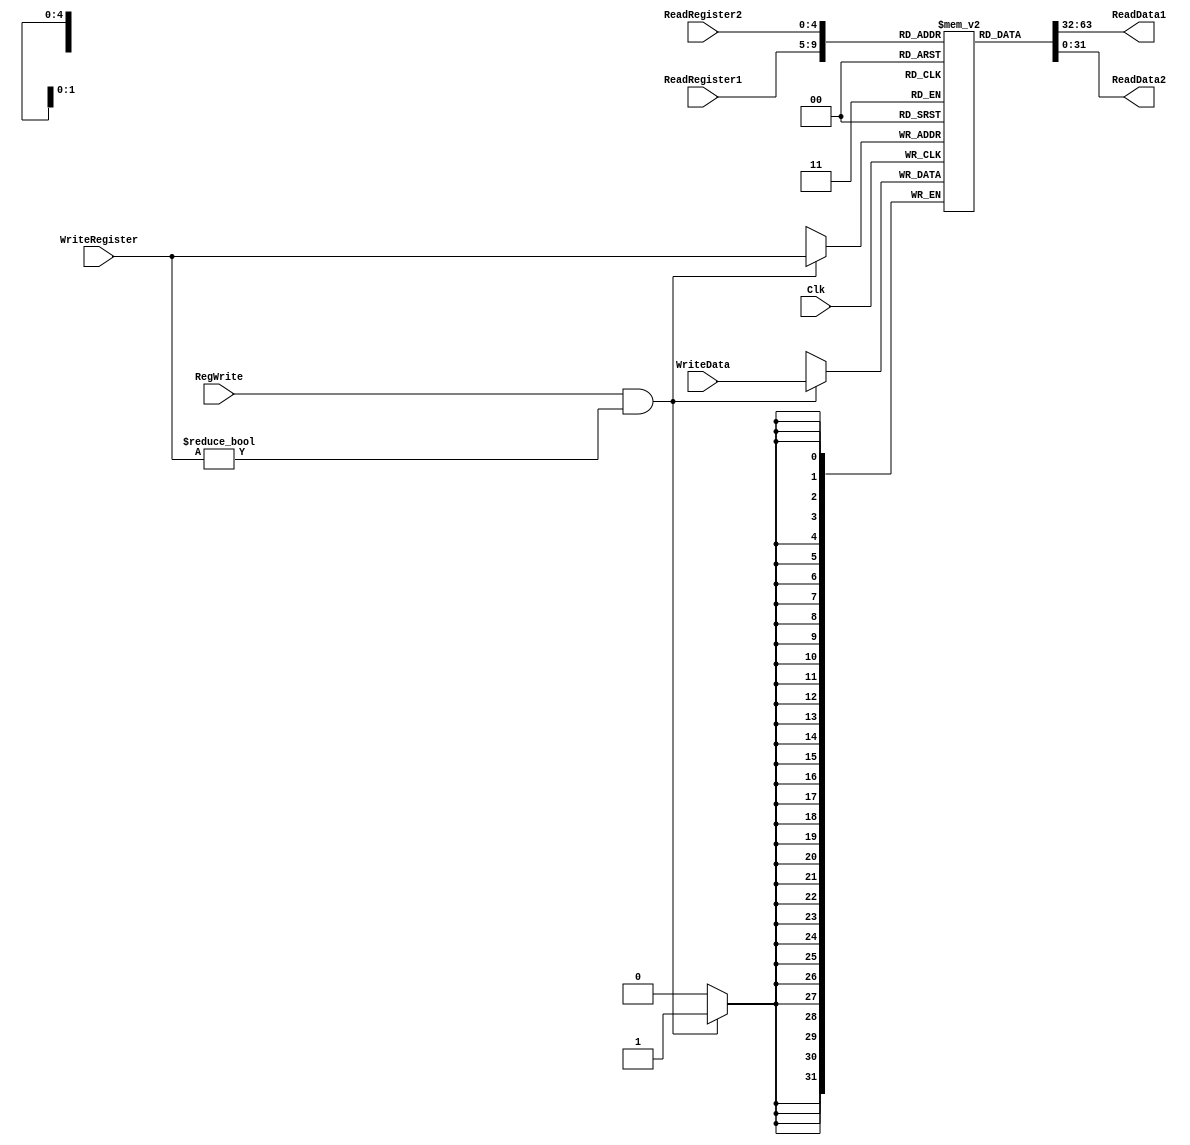
`timescale 1ns / 1ps

////////////////////////////////////////////////////////////////////////////////
// ECE369 - Computer Architecture
// 
//
//
// Student(s) Name and Last Name: FILL IN YOUR INFO HERE!
//
//
// Module - register_file.v
// Description - Implements a register file with 32 32-Bit wide registers.
//
// 
// INPUTS:-
// ReadRegister1: 5-Bit address to select a register to be read through 32-Bit 
//                output port 'ReadRegister1'.
// ReadRegister2: 5-Bit address to select a register to be read through 32-Bit 
//                output port 'ReadRegister2'.
// WriteRegister: 5-Bit address to select a register to be written through 32-Bit
//                input port 'WriteRegister'.
// WriteData: 32-Bit write input port.
// RegWrite: 1-Bit control input signal.
//
// OUTPUTS:-
// ReadData1: 32-Bit registered output. 
// ReadData2: 32-Bit registered output. 
//
// FUNCTIONALITY:-
// 'ReadRegister1' and 'ReadRegister2' are two 5-bit addresses to read two 
// registers simultaneously. The two 32-bit data sets are available on ports 
// 'ReadData1' and 'ReadData2', respectively. 'ReadData1' and 'ReadData2' are 
// registered outputs (output of register file is written into these registers 
// at the falling edge of the clock). You can view it as if outputs of registers
// specified by ReadRegister1 and ReadRegister2 are written into output 
// registers ReadData1 and ReadData2 at the falling edge of the clock. 
//
// 'RegWrite' signal is high during the rising edge of the clock if the input 
// data is to be written into the register file. The contents of the register 
// specified by address 'WriteRegister' in the register file are modified at the 
// rising edge of the clock if 'RegWrite' signal is high. The D-flip flops in 
// the register file are positive-edge (rising-edge) triggered. (You have to use 
// this information to generate the write-clock properly.) 
//
// NOTE:-
// We will design the register file such that the contents of registers do not 
// change for a pre-specified time before the falling edge of the clock arrives 
// to allow for data multiplexing and setup time.
////////////////////////////////////////////////////////////////////////////////

module RegisterFile(ReadRegister1, ReadRegister2, WriteRegister, WriteData, RegWrite, Clk, ReadData1, ReadData2);
	//Input declaration
	input[4:0] ReadRegister1;
	input[4:0] ReadRegister2;
	input[4:0] WriteRegister;
	input[31:0] WriteData;
	input RegWrite;
	input Clk;
	output reg [31:0] ReadData1;
	output reg [31:0] ReadData2;
	integer i;
	
	//Memory Declaraton
	reg[31:0] Registers[31:0];
	
	initial begin
	   for( i = 0; i < 32; i = i + 1) Registers[i] <= 0;
	
	end
	   
	//Read Process
	always @(*)
	begin
	   ReadData1 <= Registers[ReadRegister1];
	   ReadData2 <= Registers[ReadRegister2];
	end
	
	//Write process
	always @(posedge Clk)
	begin
	   if (RegWrite && (WriteRegister != 0)) begin
	       Registers[WriteRegister] <= WriteData;
	   end
	end

endmodule